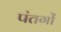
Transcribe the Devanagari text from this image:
पंतगों